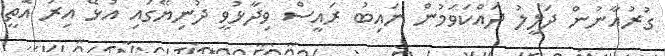
ގުރުއާނުން ދަލީލު ދައްކަވަމުން ނައިބު ރައީސް ވިދާޅުވީ ދުނިޔޭގައި އުޅޭ އިރު އޮތީ